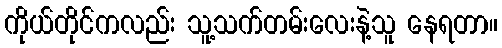
ကိုယ်တိုင်ကလည်း သူ့သက်တမ်းလေးနဲ့သူ နေရတာ။